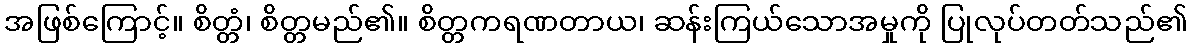
အဖြစ်ကြောင့်။ စိတ္တံ၊ စိတ္တမည်၏။ စိတ္တကရဏတာယ၊ ဆန်းကြယ်သောအမှုကို ပြုလုပ်တတ်သည်၏